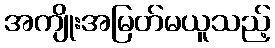
အကျိုးအမြတ်မယူသည့်